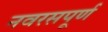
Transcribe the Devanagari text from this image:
नवरसपूर्ण